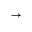
\vec { \mathbf { \nabla } }